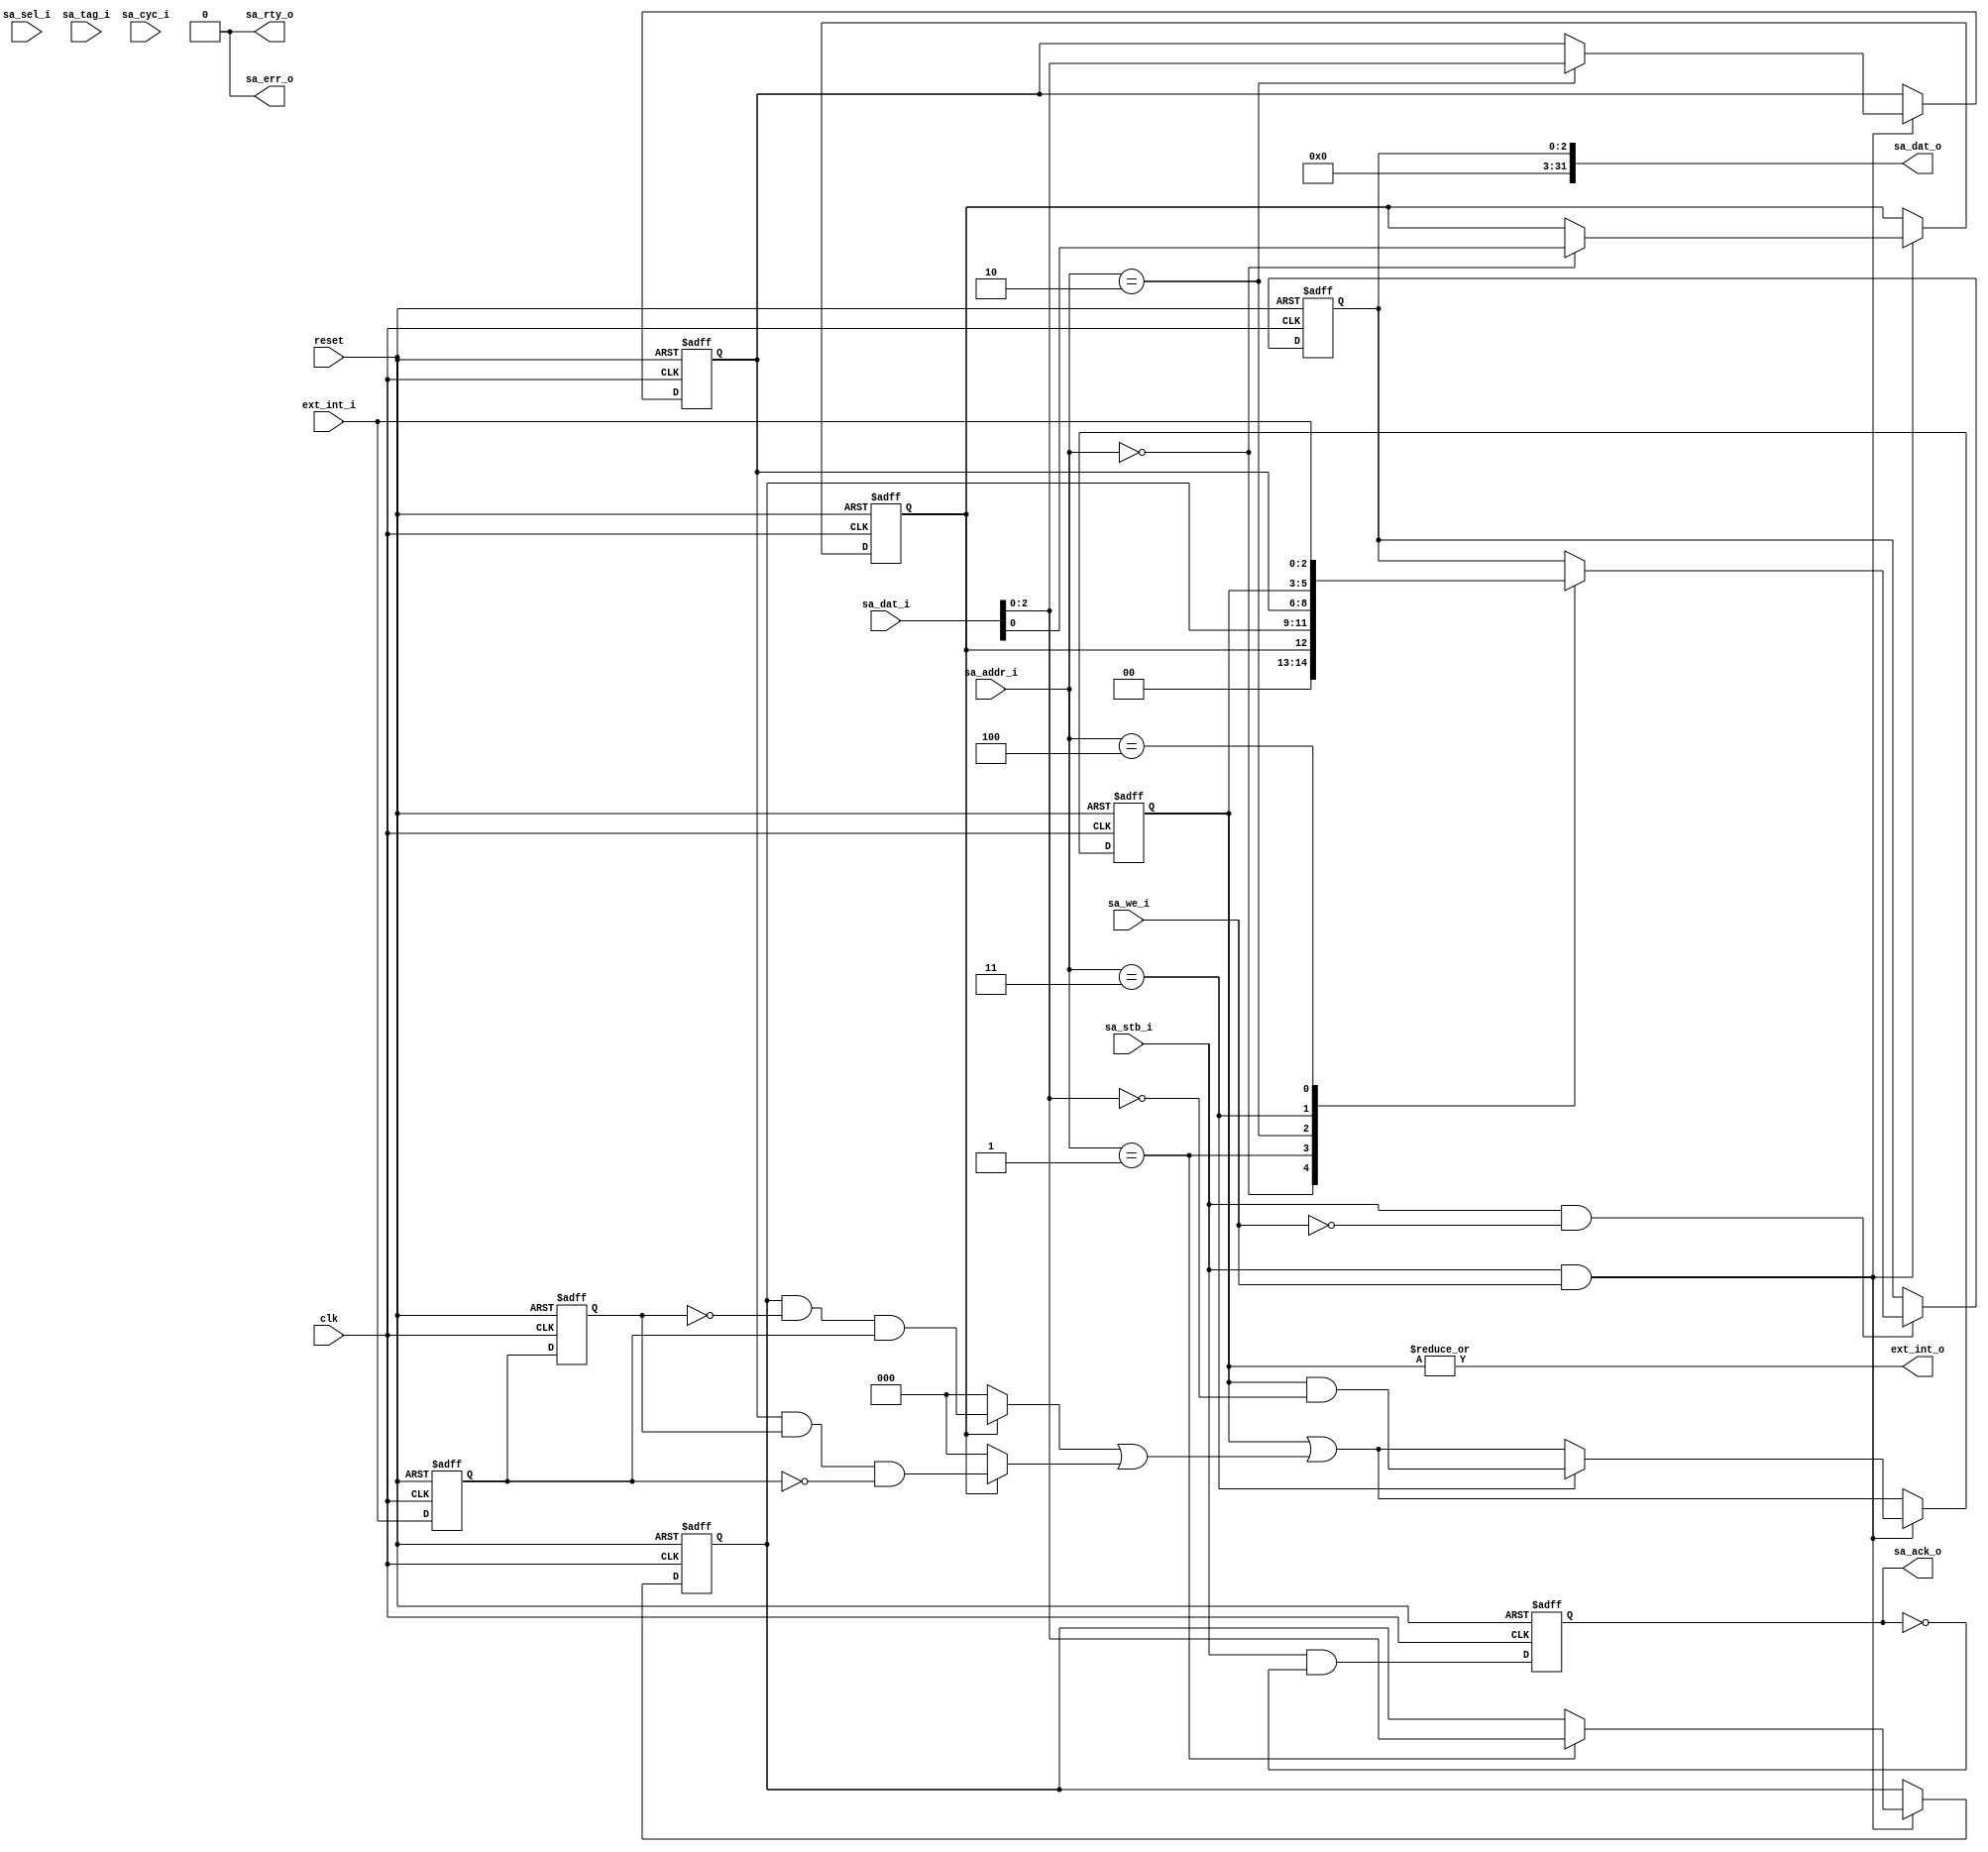

/**********************************************************************
**	
**    
**	Copyright (C) 2014-2017  Alireza Monemi
**    
**	This file is part of ProNoC 
**
**	ProNoC ( stands for Prototype Network-on-chip)  is free software: 
**	you can redistribute it and/or modify it under the terms of the GNU
**	Lesser General Public License as published by the Free Software Foundation,
**	either version 2 of the License, or (at your option) any later version.
**
** 	ProNoC is distributed in the hope that it will be useful, but WITHOUT
** 	ANY WARRANTY; without even the implied warranty of MERCHANTABILITY
** 	or FITNESS FOR A PARTICULAR PURPOSE.  See the GNU Lesser General
** 	Public License for more details.
**
** 	You should have received a copy of the GNU Lesser General Public
** 	License along with ProNoC. If not, see <http:**www.gnu.org/licenses/>.
**
**
**	Description: 
**	Wishbone bus based external intrrupt module
**
*******************************************************************/


// synthesis translate_off
`timescale 1ns / 1ps
// synthesis translate_on

module ext_int #(
	parameter EXT_INT_NUM	=	3,//max 32
	parameter Aw		=	3,
	parameter SELw		=	4,
	parameter TAGw      =   3,
	parameter Dw		=	32

)(
    clk,
    reset,
    
    //wishbone bus interface
	sa_dat_i,
    sa_sel_i,
    sa_addr_i,  
    sa_tag_i,
    sa_stb_i,
    sa_cyc_i,
    sa_we_i,    
    sa_dat_o,
    sa_ack_o,
    sa_err_o,
    sa_rty_o,
    
    //interrupt ports
    ext_int_i,  
    ext_int_o 
);

    input                               clk;
    input                               reset;
    
    //wishbone bus interface
    input       [Dw-1       :   0]      sa_dat_i;
    input       [SELw-1     :   0]      sa_sel_i;
    input       [Aw-1       :   0]      sa_addr_i;  
    input       [TAGw-1     :   0]      sa_tag_i;
    input                               sa_stb_i;
    input                               sa_cyc_i;
    input                               sa_we_i;
    
    output      [Dw-1       :   0]      sa_dat_o;
    output  reg                         sa_ack_o;
    output                              sa_err_o;
    output                              sa_rty_o;
    
 
    //interrupt ports
    input   [EXT_INT_NUM-1      :   0]  ext_int_i;  
    output                              ext_int_o; //output to the interrupt controller
    



//interrupt registers							
	
	localparam	[Aw-1		:	0]		GER_REG_ADDR			=	0;
	localparam	[Aw-1		:	0]		IER_RISING_REG_ADDR	=	1;
	localparam	[Aw-1		:	0]		IER_FALLING_REG_ADDR	=	2;
	localparam	[Aw-1		:	0]		ISR_REG_ADDR			=	3;
	localparam	[Aw-1		:	0]		PIN_REG_ADDR			=	4;
	
		
	reg										ger,ger_next;
	reg	[EXT_INT_NUM-1			:	0]	ier_rise,ier_fall,isr,read,int_reg1,int_reg2;//2	
	reg	[EXT_INT_NUM-1			:	0]	ier_rise_next,ier_fall_next,isr_next,read_next,int_reg1_next,int_reg2_next;
	
	wire 	[EXT_INT_NUM-1			:	0]	triggered,rise_edge,fall_edge;
	
 
   	assign  sa_err_o=1'b0;
   	assign  sa_rty_o=1'b0;
	assign rise_edge = (ger)? 	ier_rise & ~int_reg2	& int_reg1	:	{EXT_INT_NUM{1'b0}};
	assign fall_edge = (ger)?	ier_fall & int_reg2 	& ~int_reg1	: 	{EXT_INT_NUM{1'b0}};
	
	assign	triggered	=	rise_edge |  fall_edge;
	
`ifdef SYNC_RESET_MODE 
    always @ (posedge clk )begin 
`else 
    always @ (posedge clk or posedge reset)begin 
`endif  
		if(reset) begin 
			ger		<=	1'b0;
			ier_rise	<= {EXT_INT_NUM{1'b0}};
			ier_fall	<= {EXT_INT_NUM{1'b0}};
			isr		<=	{EXT_INT_NUM{1'b0}};
			read		<=	{EXT_INT_NUM{1'b0}};	
			int_reg1	<=	{EXT_INT_NUM{1'b0}};
			int_reg2	<=	{EXT_INT_NUM{1'b0}};	
			sa_ack_o	<=	1'b0;
			
		end else begin 
			ger		<=	ger_next;
			ier_rise	<= ier_rise_next;
			ier_fall	<=	ier_fall_next;
			isr		<=	isr_next;
			read		<=	read_next;	
			int_reg1	<=	int_reg1_next;
			int_reg2	<=	int_reg2_next;	
			sa_ack_o	<=	 sa_stb_i && ~sa_ack_o;	
		end//			
	end//always
	
	always@(*) begin 
		int_reg2_next 	= int_reg1;
		int_reg1_next 	= ext_int_i;
		ger_next			= ger;
		ier_rise_next	= ier_rise;
		ier_fall_next	= ier_fall;
		isr_next			= isr | triggered; // set isr if the intrrupt is triggered 
		read_next		= read;
		if(sa_stb_i && sa_we_i ) begin 
			if( sa_addr_i 	==	GER_REG_ADDR			)		ger_next			= 	sa_dat_i[0];
			if( sa_addr_i 	== IER_RISING_REG_ADDR 	)		ier_rise_next	=	sa_dat_i[EXT_INT_NUM-1'b1		:	0];
			if( sa_addr_i 	== IER_FALLING_REG_ADDR	)		ier_fall_next	=	sa_dat_i[EXT_INT_NUM-1'b1		:	0];
			if( sa_addr_i 	== ISR_REG_ADDR  			) 		isr_next			=	isr & ~sa_dat_i[EXT_INT_NUM-1'b1		:	0];// reset isr by writting 1
		end
		if(sa_stb_i && ~sa_we_i) begin 
			case(sa_addr_i) 
				GER_REG_ADDR:				read_next	=	{{(EXT_INT_NUM-1){1'b0}},ger};
				IER_RISING_REG_ADDR:		read_next	=	ier_rise;
				IER_FALLING_REG_ADDR:	read_next	=	ier_fall;
				ISR_REG_ADDR:				read_next	=	isr;
				PIN_REG_ADDR:				read_next	=	ext_int_i;
				default						read_next	=	read; 
			endcase
		end
	end//always
				
			
	generate 
		if(EXT_INT_NUM!=Dw)begin
			assign sa_dat_o ={{(Dw-EXT_INT_NUM){1'b0}}, read};
		end else begin
			assign sa_dat_o = read;
		end
	endgenerate

	assign ext_int_o = |isr;
		
	
endmodule